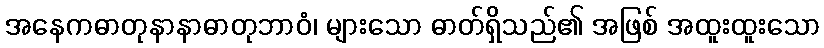
အနေကဓာတုနာနာဓာတုဘာဝံ၊ များသော ဓာတ်ရှိသည်၏ အဖြစ် အထူးထူးသော